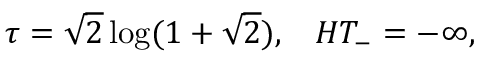
\tau = \sqrt { 2 } \log ( 1 + \sqrt { 2 } ) , \; \; \; H T _ { - } = - \infty ,